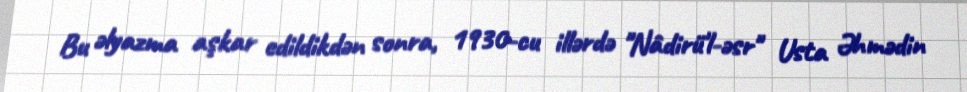
Bu əlyazma aşkar edildikdən sonra, 1930-cu illərdə "Nâdirü'l-əsr" Usta Əhmədin